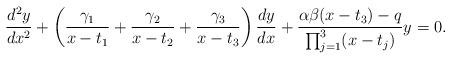
LaTeX: \begin{align*}\frac{d^{2}y}{dx^{2}}+\left( \frac{\gamma_{1}}{x-t_{1}}+\frac{\gamma_{2}}{x-t_{2}}+\frac{\gamma_{3}}{x-t_{3}}\right) \frac{dy}{dx}+\frac{\alpha\beta(x-t_{3})-q}{\prod_{j=1}^{3}(x-t_{j})}y=0. \end{align*}